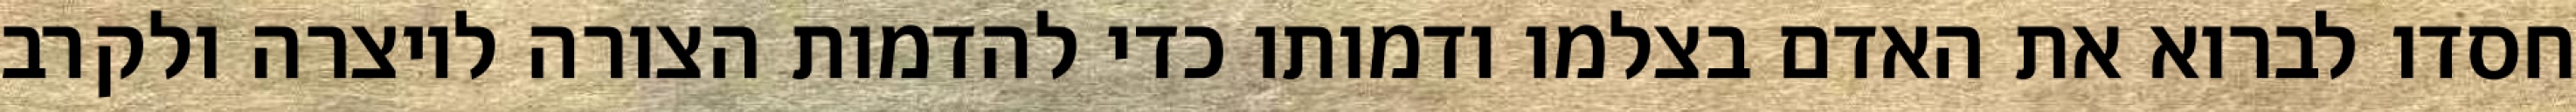
חסדו לברוא את האדם בצלמו ודמותו כדי להדמות הצורה ליוצרה ולקרב